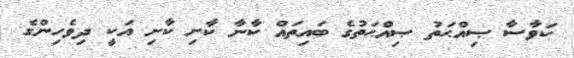
ކަވާސާ ޞިއްޙަތު ޞިއްޙަތުގެ ބައިތައް ކާނާ ކާށި ކާށި އަކީ ދިވެހިންގެ